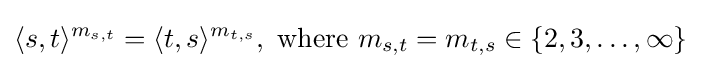
\langle s,t\rangle ^{m_{s,t}}=\langle t,s\rangle ^{m_{t,s}},{\text{ where }}m_{s,t}=m_{t,s}\in \{2,3,\ldots ,\infty \}